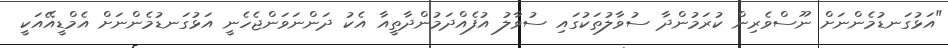
"އަޅުގަނޑުމެންނަށް ނޫސްވެރިން ކުރަމުންދާ ސުވާލުތަކުގައި ސުވާލު އުފެއްދަމުންދާތީއާ އެކު ދަންނަވަންޖެހެނީ އަޅުގަނޑުމެންނަށް އެމްޑީއޭއަކީ